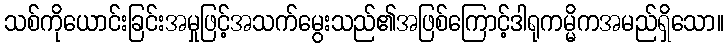
သစ်ကိုယောင်းခြင်းအမှုဖြင့်အသက်မွေးသည်၏အဖြစ်ကြောင့်ဒါရုကမ္မိကအမည်ရှိသော။